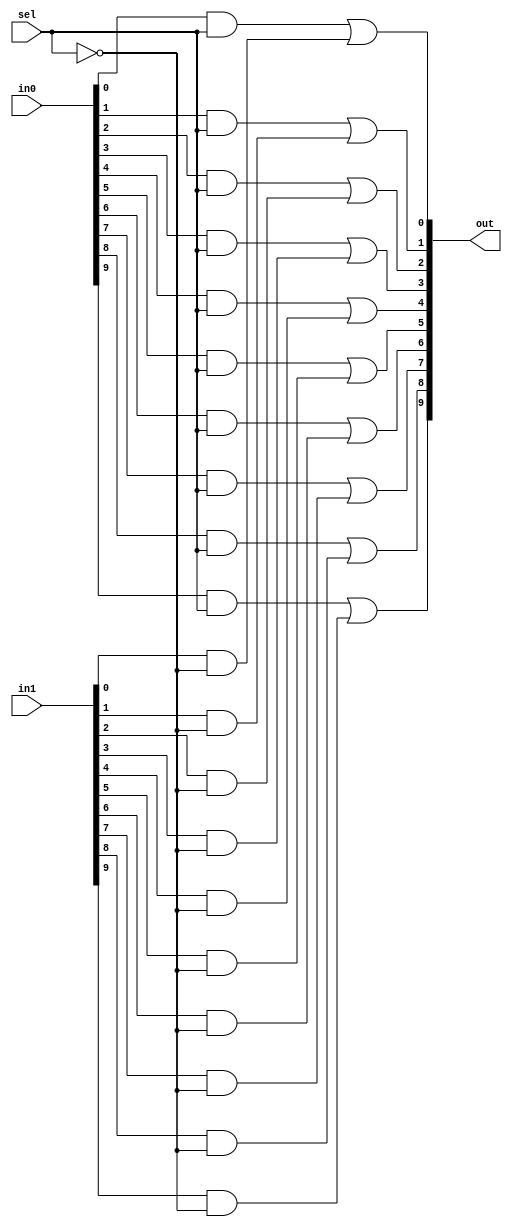
`timescale 1ns / 1ps

module mux_10v10(
    input [9:0] in0,
    input [9:0] in1,
    input sel,
    
    output [9:0] out
    );
    
    assign out[0] = (in0[0]&sel) | (in1[0]&!sel);
    assign out[1] = (in0[1]&sel) | (in1[1]&!sel);
    assign out[2] = (in0[2]&sel) | (in1[2]&!sel);
    assign out[3] = (in0[3]&sel) | (in1[3]&!sel);
    assign out[4] = (in0[4]&sel) | (in1[4]&!sel);
    assign out[5] = (in0[5]&sel) | (in1[5]&!sel);   
    assign out[6] = (in0[6]&sel) | (in1[6]&!sel);
    assign out[7] = (in0[7]&sel) | (in1[7]&!sel);
    assign out[8] = (in0[8]&sel) | (in1[8]&!sel);
    assign out[9] = (in0[9]&sel) | (in1[9]&!sel);
    
endmodule